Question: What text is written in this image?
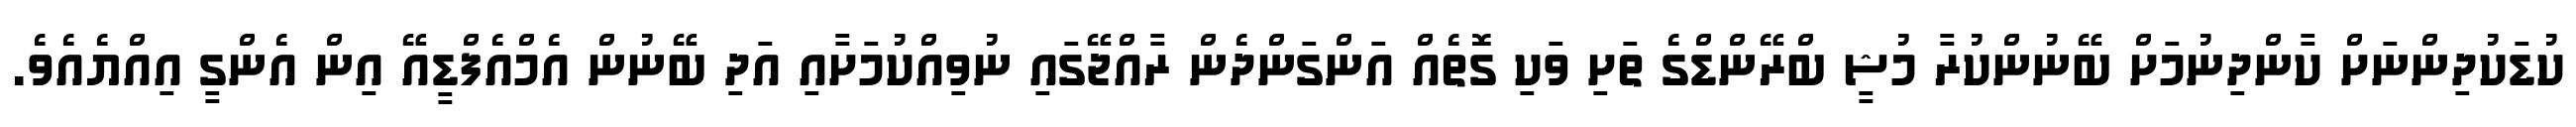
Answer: ކުޑަކުދިންނަށް ކާންދިނުމަށް ބޭނުންކުރާ މުޝީ ބްރޭންޑްގެ ތަށި ވަކި ގޮތެއް އަންގަންދެން ރާއްޖޭގައި ނުވިއްކުމަށާއި އަދި ބޭނުން އެމްއެފްޑީއޭ އިން އެންގީ އިއްޔެއެވެ.